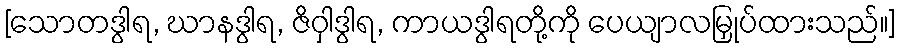
[သောတဒွါရ, ဃာနဒွါရ, ဇိဝှါဒွါရ, ကာယဒွါရတို့ကို ပေယျာလမြှုပ်ထားသည်။]